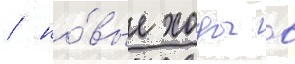
/ но́вые ходы в